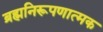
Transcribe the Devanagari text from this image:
ब्रह्मनिरूपणात्मक